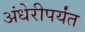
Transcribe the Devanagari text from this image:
अंधेरीपर्यंत